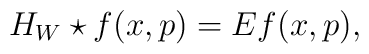
H_W\star f(x,p)=Ef(x,p),